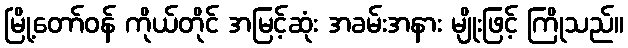
မြို့တော်ဝန် ကိုယ်တိုင် အမြင့်ဆုံး အခမ်းအနား မျိုးဖြင့် ကြိုသည်။